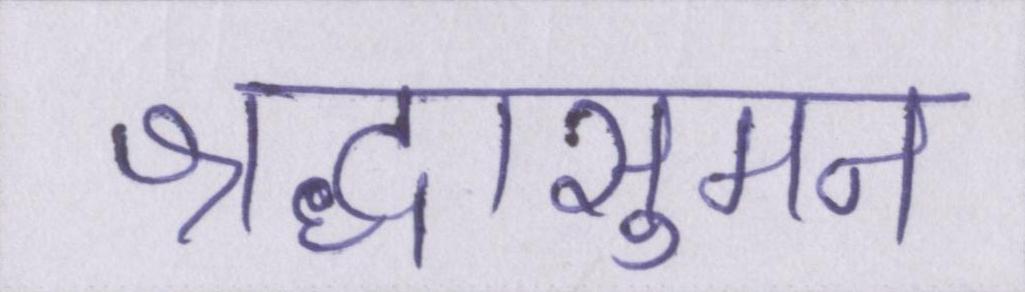
श्रद्धासुमन